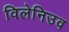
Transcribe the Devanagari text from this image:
विलेनिउव